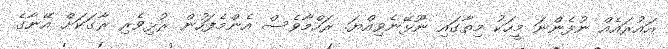
އައުރައެއް ނުފެންނަ މީހަކު މިތާގައި ނޫޅޭނެވިއްޔަ. ރަހްމާވެސް އެންމެފަހުން ރުޅިވެރި ރާގަކަށް އޭނާގެ